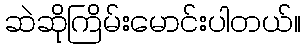
ဆဲဆိုကြိမ်းမောင်းပါတယ်။